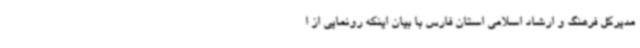
مدیرکل فرهنگ و ارشاد اسلامی استان فارس با بیان اینکه رونمایی از ا